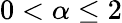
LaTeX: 0<\alpha\le 2